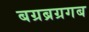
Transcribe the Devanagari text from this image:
बग्रब्रग्रगब